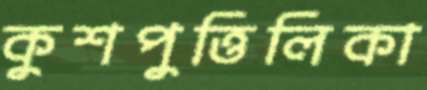
কুশপুত্তিলিকা